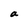
Character: a